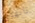
تائهون